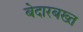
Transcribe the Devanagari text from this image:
बेदारबख्त